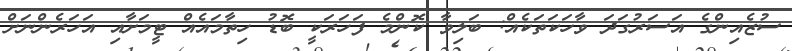
ސުޒެއިންގެ އަސަރުގަދަ ވާހަކަތަކެއް: ބަލިވާ ކޮންމެ ފަހަރަކީ ބޮޑު ހިތާމައެއް ޓީމަށާއި އަހަރެންނަށް